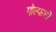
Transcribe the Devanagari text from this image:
गोल्फची